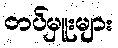
တပ်မှူးများ